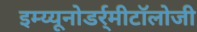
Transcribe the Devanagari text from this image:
इम्य्यूनोडर्र्मीटॉलोजी